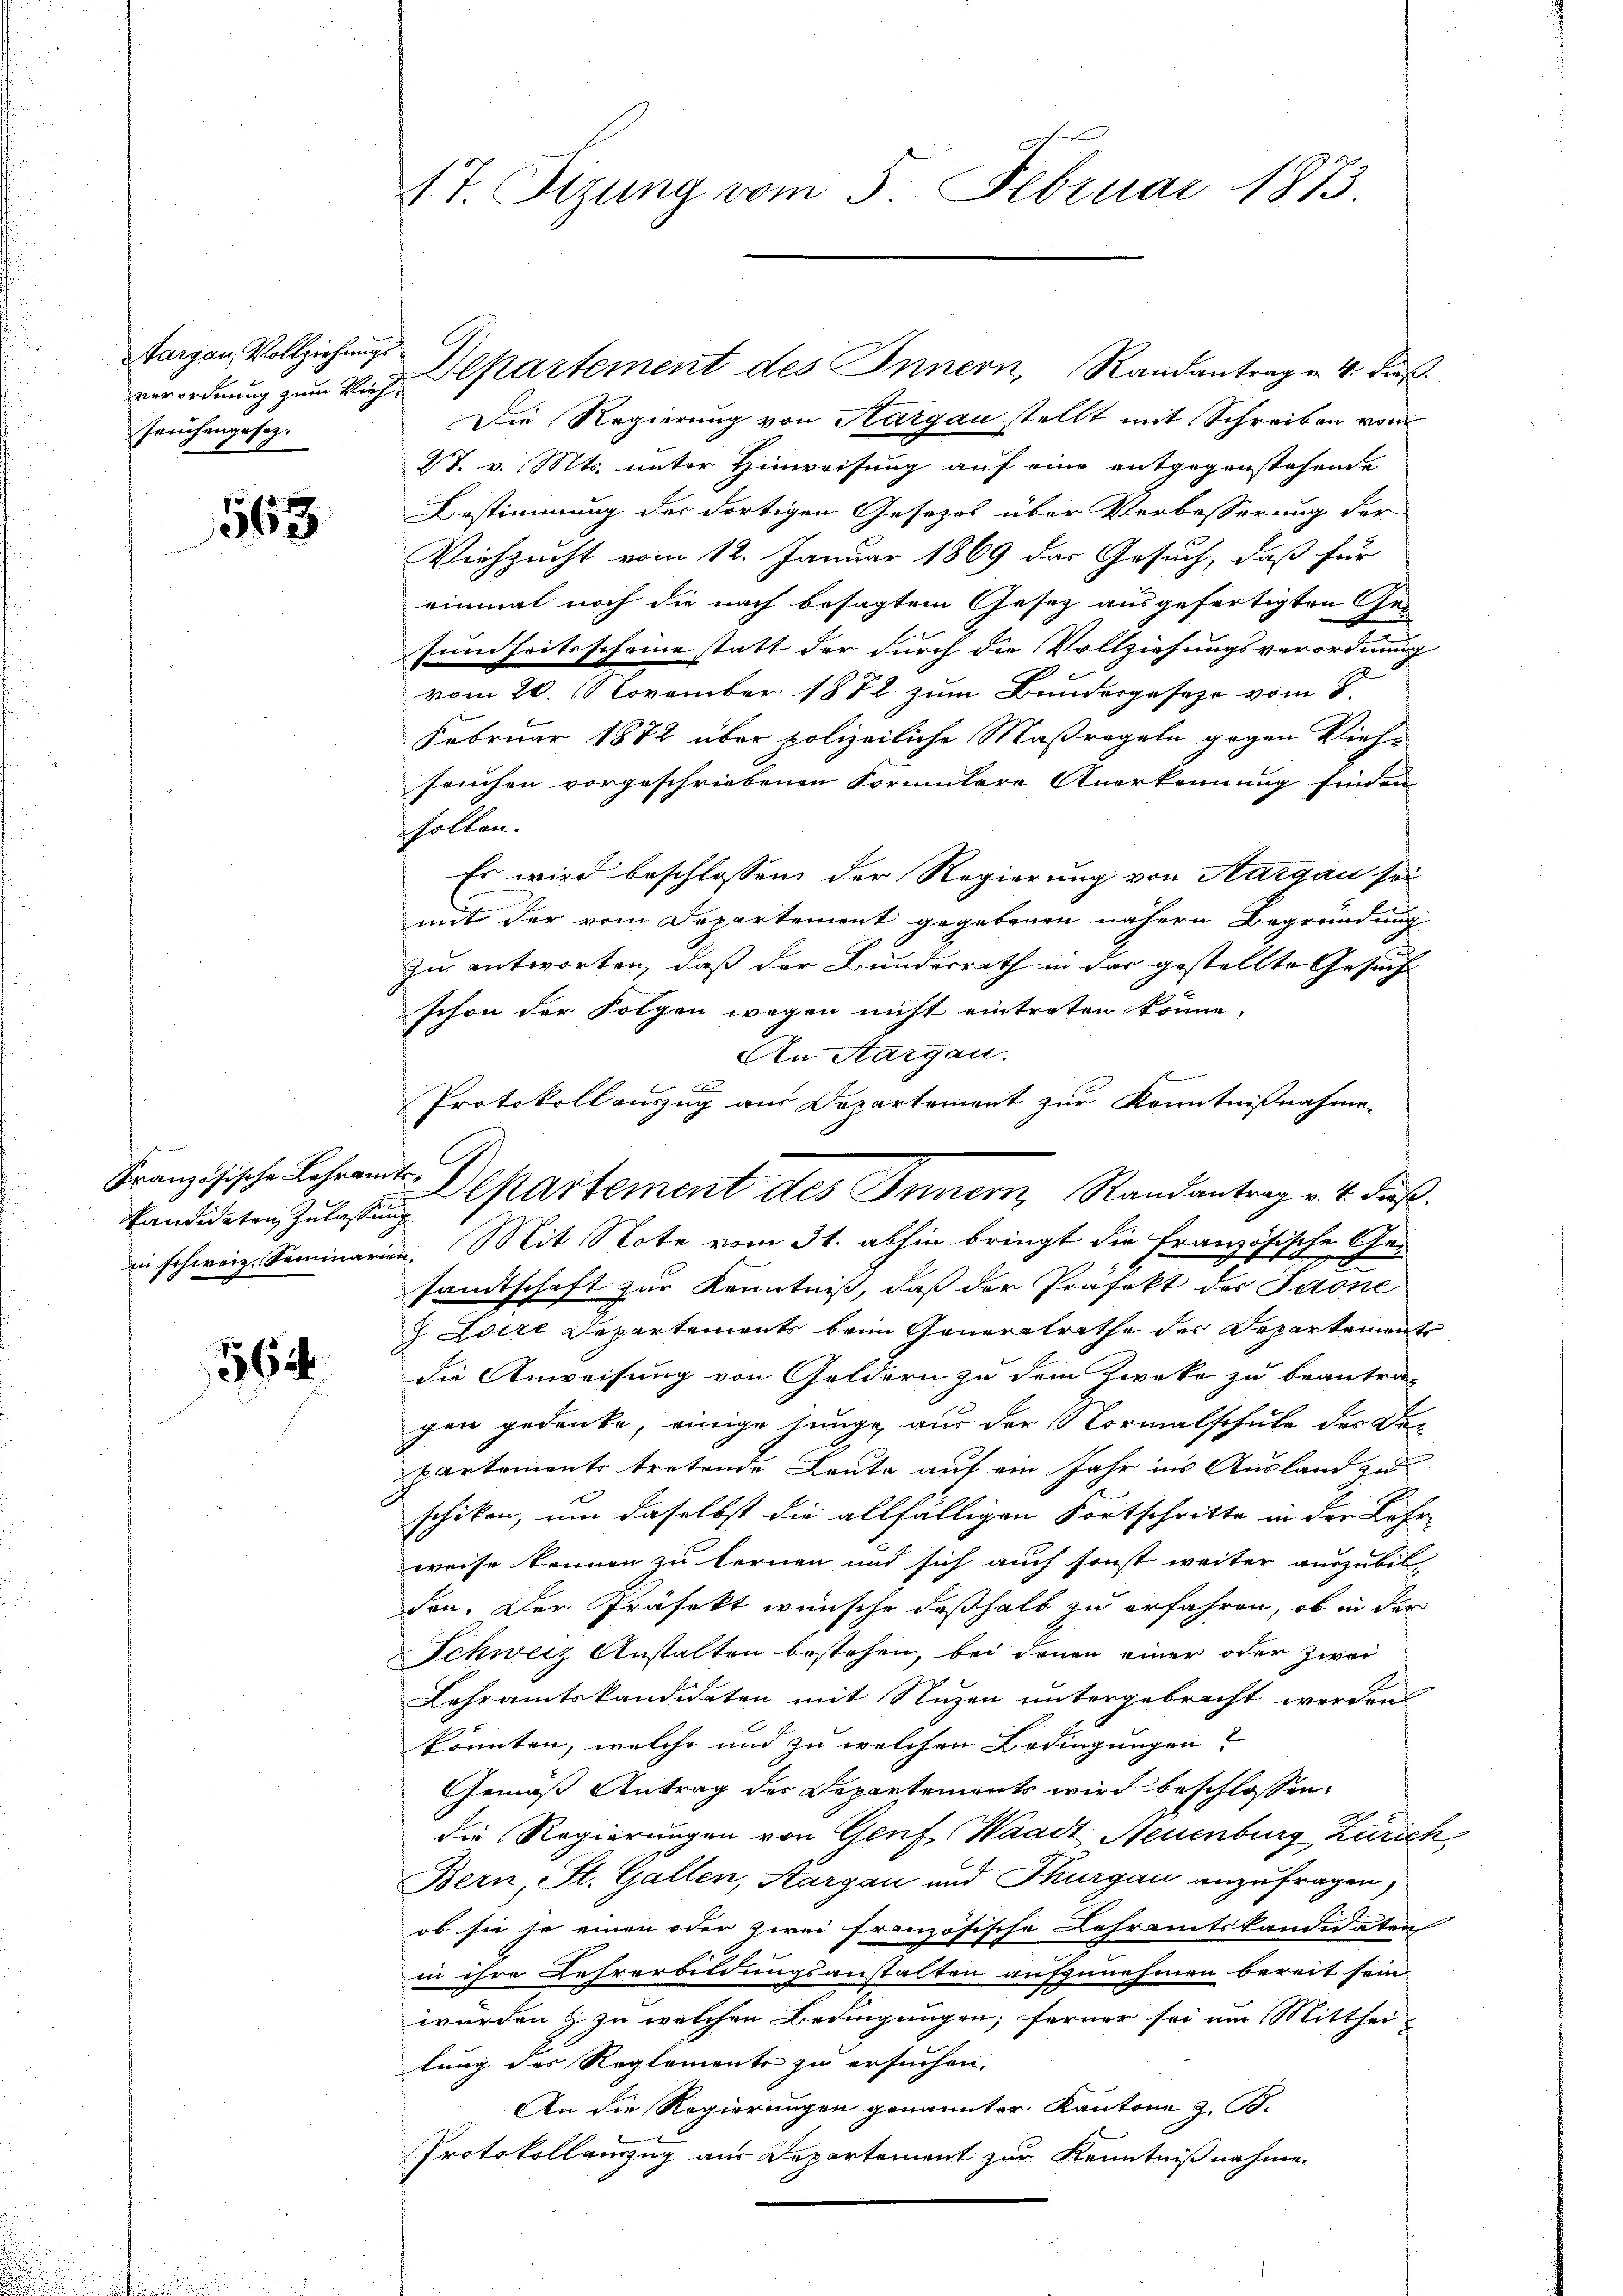
Targau Vollziehungs
verordnung zum Vieh¬
Jaruhangesez

563

kandidaten Zulassung

562

Departement des Innern, Randantrag v. 4. dieß.
Die Regierung von Aargau stellt mit Schreiben vom
27. v. Mts. unter Hinweisung auf eine entgegenstehende
Bestimmung der dortigen Gesezes über Verbesserung der
Viehzucht vom 12. Januar 1869 das Gesuch, daß für
einmal noch die nach besagtem Gesetz ausgefertigten Ge-
sundheitsscheine statt der durch die Vollziehungsverordnung
vom 20. November 1872 zum Bundesgeseze vom 8.
Februar 1872 über polizeiliche Maßregeln gegen Vieh-
sachen vorgeschriebenen Vormulare Anerkennung finden
holten.
Es wird beschlossen, der Regierung von Aargau sei
mit der vom Departement gegebenen nähern Begründung
zu antworten, daß der Bundesrath in das gestellte Gesuch
schon der Folgen wegen nicht eintreten könne,
An Aargau.

Protokoll auszug aus Departement zur Kenntnißnahme
 Char
in schweiz. Sominarin. Mit Note vom 31. abhin bringt die Französische
sandtschaft zur Kenntniß, daß der Präfekt der Paone
 Edere Departements beim Generalrathe der Departement
die Anweisung von Geldern zu dem Zwecke zu beantrag
gen gedenke, einige junge aus der Normalschule des De-
partements tretende Leute auf ein Jahr ins Ausland zu
schiken, um daselbst die allfälligen Fortschritte in der Lahr-
weise können zu fernen und sich auch sonst weiter auszubil-
den. Der Präfekt wünsche deßhalb zu erfahren, ob in der
Schweiz Anstalten bestehen, bei denen einer oder zwei
Lehramtskandidaten mit Nuzen untergebracht werden.
könnten, welche und zu welchen Bedingungen?
Gemäß Antrag des Departements wird beschlossen:
die Regierungen von Genf, Waadt Neuenburg, Zürich
Bern, St. Gallen, Aargau und Thurgau anzufragen,
ob sie je einen oder zwei französische Lehramtskandidaten
in ihre Lehrerbildungsanstalten aufzunehmen bereit sein
würden & zu welchen Bedingungen; ferner sei um Mittheilung des Reglements zu ersuchen.
An die Regierungen genannter Kantone z. B.
Protokollenzug aus Departement zur Kenntnißnahme.

17. Sitzung vom 5. Februar 1873.

Französische Lehramts Departement des Innern, Randantrag v. 4. dieß.